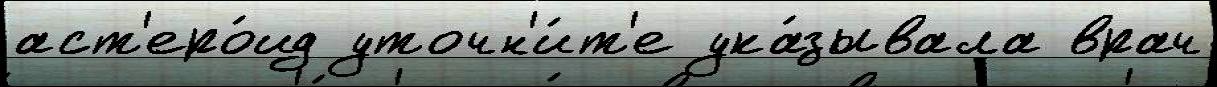
аст'еро́ид уточн'и́т'е ука́зывала врач